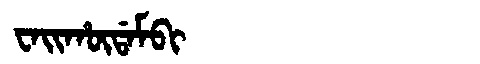
Manchu: ᠸᠠᡳᡥᡡᡩᠠᠮᠪᡳ
Romanization: WAIHŪDAMBI